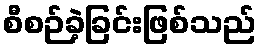
စီစဉ်ခဲ့ခြင်းဖြစ်သည်